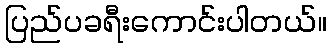
ပြည်ပခရီးကောင်းပါတယ်။